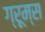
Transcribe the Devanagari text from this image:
ग्रूम्स